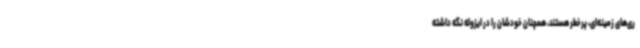
ری‌های زمینه‌ای، پرخطر هستند، همچنان خودشان را در ایزوله نگه داشته